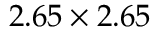
2 . 6 5 \times 2 . 6 5